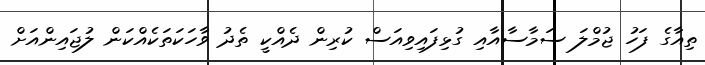
ތިއާގެ ފަހު ޖުމްލަ ސަމާސާއާއި ގުޅިފައިވިއަސް ކުރިން ދެއްކީ ތެދު ވާހަކަތަކެއްކަން ލުޖައިންއަށް